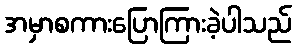
အမှာစကားပြောကြားခဲ့ပါသည်